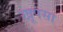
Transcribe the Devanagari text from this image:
खूपसा